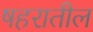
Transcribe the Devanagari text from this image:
षहरातील